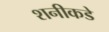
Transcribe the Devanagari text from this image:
शनीकडे